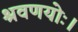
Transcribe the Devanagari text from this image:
श्रवणयोः।